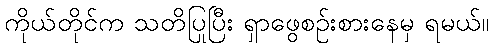
ကိုယ်တိုင်က သတိပြုပြီး ရှာဖွေစဉ်းစားနေမှ ရမယ်။